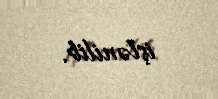
işlənilib.